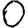
Digit: 0